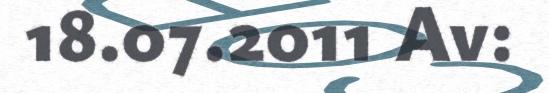
18.07.2011 Av: